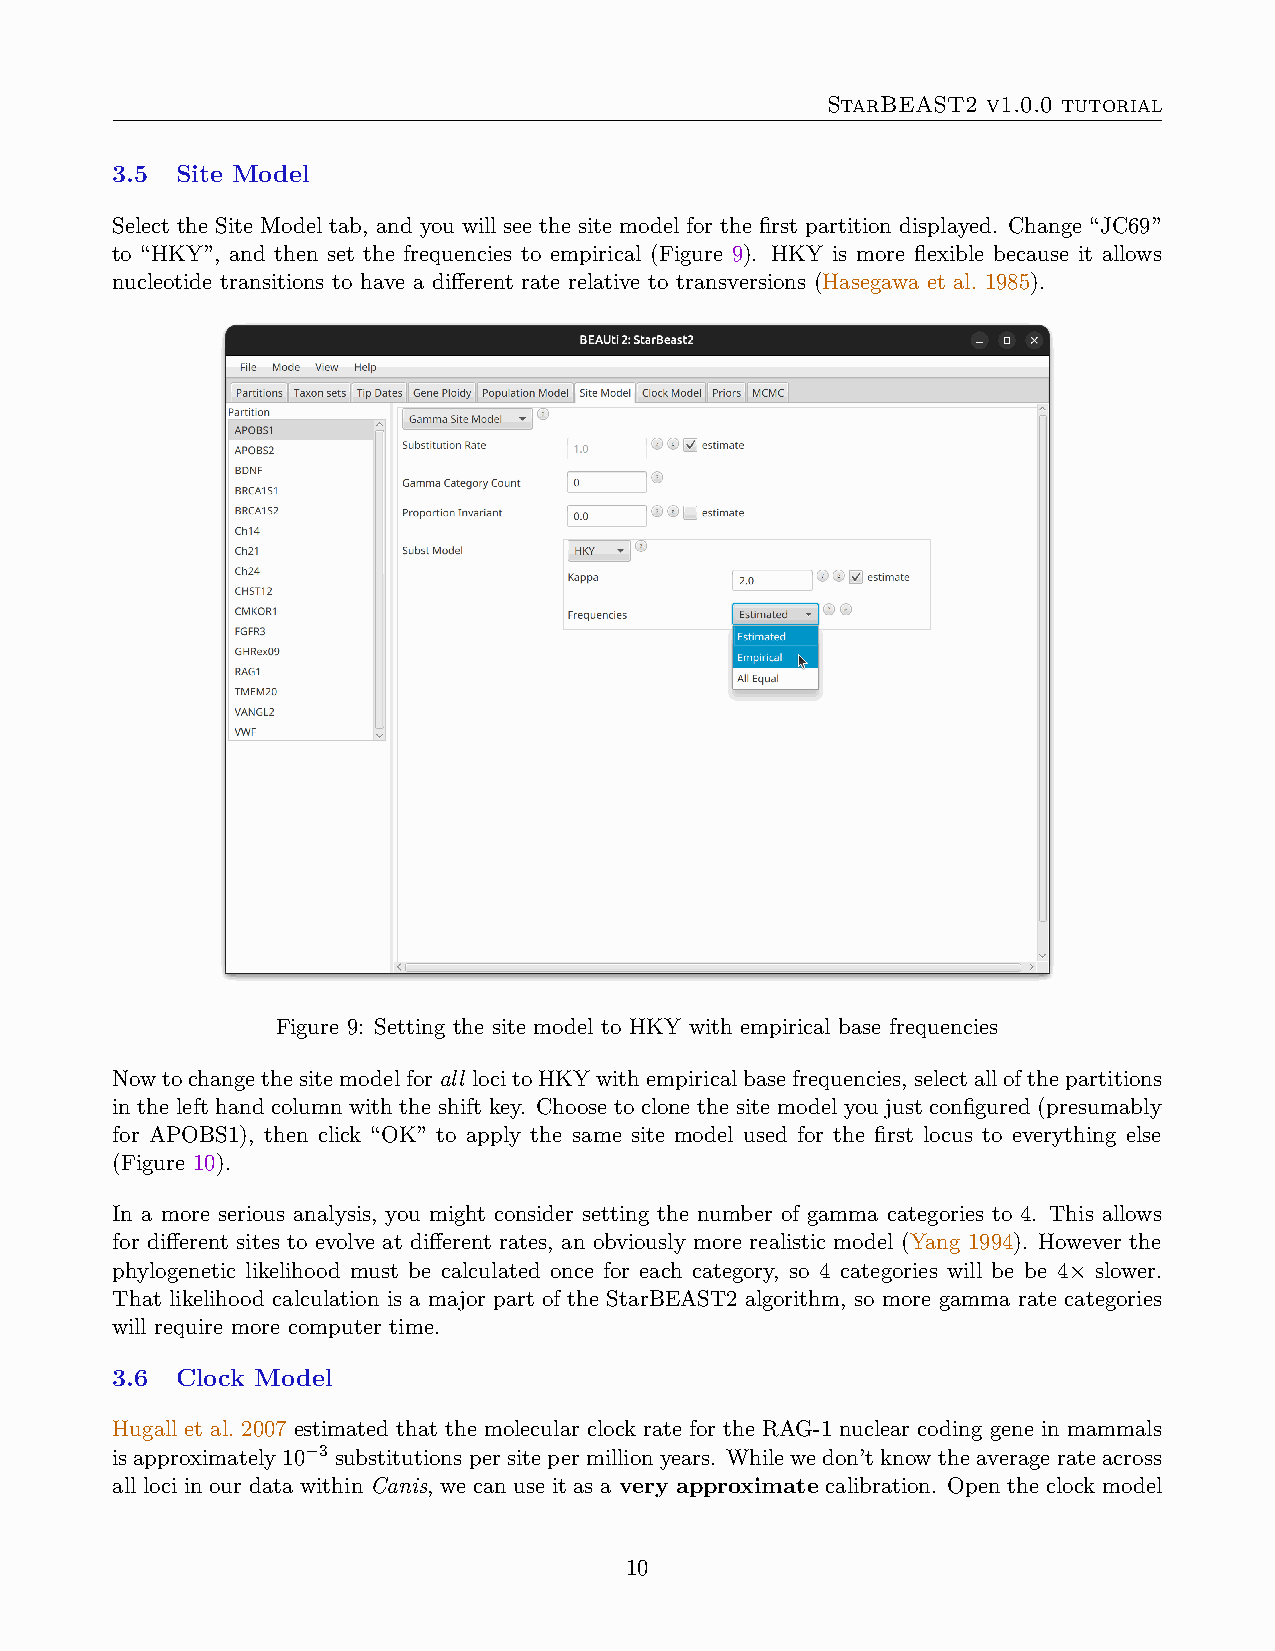
StarBEAST2 v1.0.0 tutorial
 3.5  Site Model
 Select the Site Model tab, and you will see the site model for the first partition displayed. Change “JC69”
 to “HKY”, and then set the frequencies to empirical (Figure 9). HKY is more flexible because it allows
 nucleotide transitions to have a different rate relative to transversions (Hasegawa et al. 1985).
 Figure 9: Setting the site model to HKY with empirical base frequencies
 Nowtochangethesitemodelforall locitoHKYwithempiricalbasefrequencies, selectallofthepartitions
 in the left hand column with the shift key. Choose to clone the site model you just configured (presumably
 for APOBS1), then click “OK” to apply the same site model used for the first locus to everything else
 (Figure 10).
 In a more serious analysis, you might consider setting the number of gamma categories to 4. This allows
 for different sites to evolve at different rates, an obviously more realistic model (Yang 1994). However the
 phylogenetic likelihood must be calculated once for each category, so 4 categories will be be 4× slower.
 That likelihood calculation is a major part of the StarBEAST2 algorithm, so more gamma rate categories
 will require more computer time.
 3.6  Clock Model
 Hugall et al. 2007 estimated that the molecular clock rate for the RAG-1 nuclear coding gene in mammals
 isapproximately10−3 substitutionspersitepermillionyears. Whilewedon’tknowtheaveragerateacross
 all loci in our data within Canis, we can use it as a very approximate calibration. Open the clock model
 10